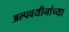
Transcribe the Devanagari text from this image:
अल्पवयीनांच्या